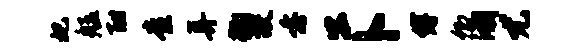
妃艋酣查弄鞠故垂公卜缚卿溯尤